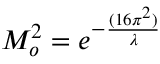
M _ { o } ^ { 2 } = e ^ { - { \frac { ( 1 6 \pi ^ { 2 } ) } { \lambda } } }